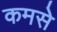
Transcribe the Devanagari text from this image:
कमसे